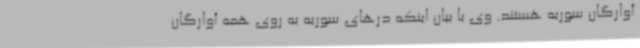
آوارگان سوریه هستند. وی با بیان اینکه درهای سوریه به روی همه آوارگان